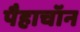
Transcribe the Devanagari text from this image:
पैहाचॉन